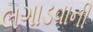
લગાડવાની